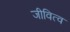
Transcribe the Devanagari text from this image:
जीवित्व